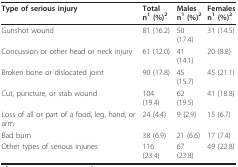
<table><thead><tr><td><b>Type of serious injury</b></td><td><b>Totaln<sup>1 </sup>(%)<sup>2</sup></b></td><td><b>Malesn<sup>1 </sup>(%)<sup>2</sup></b></td><td><b>Femalesn<sup>1 </sup>(%)<sup>2</sup></b></td></tr></thead><tbody><tr><td>Gunshot wound</td><td>81 (16.2)</td><td>50 (17.4)</td><td>31 (14.5)</td></tr><tr><td>Concussion or other head or neck injury</td><td>61 (12.0)</td><td>41 (14.1)</td><td>20 (8.8)</td></tr><tr><td>Broken bone or dislocated joint</td><td>90 (17.8)</td><td>45 (15.7)</td><td>45 (21.1)</td></tr><tr><td>Cut, puncture, or stab wound</td><td>104 (19.4)</td><td>62 (19.5)</td><td>41 (18.8)</td></tr><tr><td>Loss of all or part of a food, leg, hand, or arm</td><td>24 (4.4)</td><td>9 (2.9)</td><td>15 (6.7)</td></tr><tr><td>Bad burn</td><td>38 (6.9)</td><td>21 (6.6)</td><td>17 (7.4)</td></tr><tr><td>Other types of serious injuries</td><td>116 (23.4)</td><td>67 (23.8)</td><td>49 (22.8)</td></tr></tbody></table>